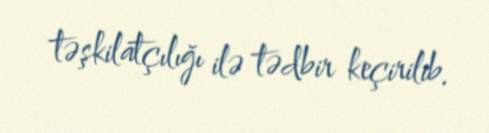
təşkilatçılığı ilə tədbir keçirilib.